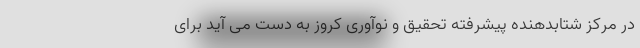
در مرکز شتابدهنده پیشرفته تحقیق و نوآوری کروز به دست می آید برای